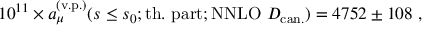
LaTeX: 1 0 ^ { 1 1 } \times a _ { \mu } ^ { \mathrm { ( v . p . ) } } ( s \leq s _ { 0 } ; \mathrm { t h . \ p a r t } ; \mathrm { N N L O } \ D _ { \mathrm { c a n . } } ) = 4 7 5 2 \pm 1 0 8 \ ,